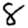
Digit: 8